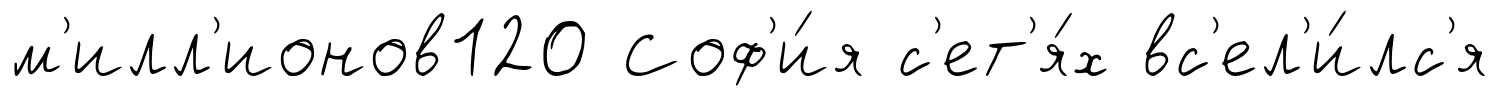
м'илл'ионов120 Соф'и́я с'ет'я́х вс'ел'и́лс'я